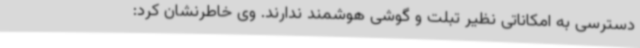
دسترسی به امکاناتی نظیر تبلت و گوشی هوشمند ندارند. وی خاطرنشان کرد: